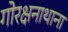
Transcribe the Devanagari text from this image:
गोरक्षनाथाना